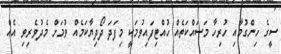
ސީގެ ހިންގުމާއި ހުރިހާ މަސައްކަތެއް ހުއްޓިފައިވުމަކީ މިފަދަ ދޯދިޔާކަމެއް ވުމަށް މެދުވެރިވި އެއް